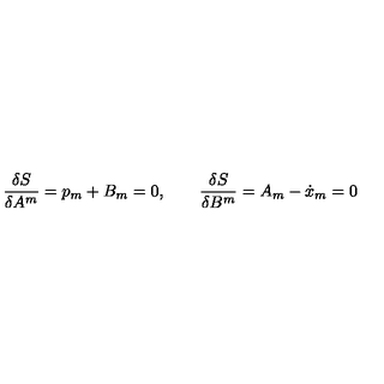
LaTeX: \frac { \delta S } { \delta A ^ { m } } = p _ { m } + B _ { m } = 0 , \qquad \frac { \delta S } { \delta B ^ { m } } = A _ { m } - \dot { x } _ { m } = 0